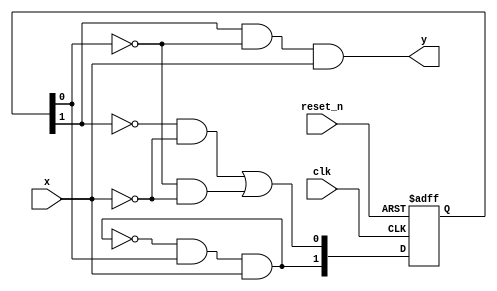
`timescale 1ns / 1ps
//////////////////////////////////////////////////////////////////////////////////
// Company: 
// Engineer: 
// 
// Design Name: 
// Module Name: mealy_011_detector
// Project Name: 
// Target Devices: 
// Tool Versions: 
// Description: 
// 
// Dependencies: 
// 
// Revision:
// Revision 0.01 - File Created
// Additional Comments:
// 
//////////////////////////////////////////////////////////////////////////////////


module mealy_011_detector
    (
    input clk,
    input reset_n,
    input x,
    output y
    );
    reg [1:0] state_reg, state_next;
    
    //State Register
    always @ (posedge clk, negedge reset_n) 
    begin
        if (~reset_n)
            state_reg <='b0;
        else
            state_reg <= state_next;
    end
    //next state logic
    always @ (*)
    begin
        state_next[1] = ~state_next[1] & state_reg[0] &x;
        state_next[0] = (~state_reg[1] & ~x) | (~state_reg[0] & ~x);
    end
    //output logic
    assign y = state_reg[1] & ~state_reg[0] & x;
endmodule